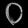
Digit: ၀